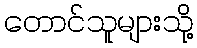
တောင်သူများသို့